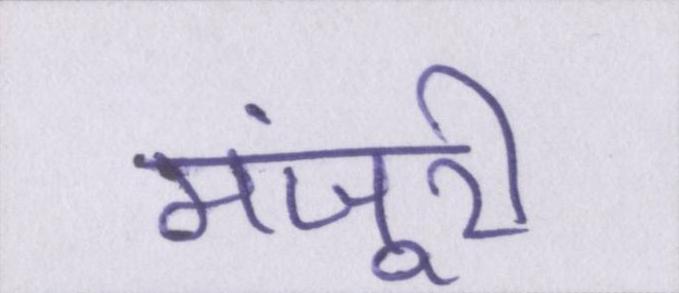
मंजूरी